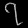
Digit: ၇